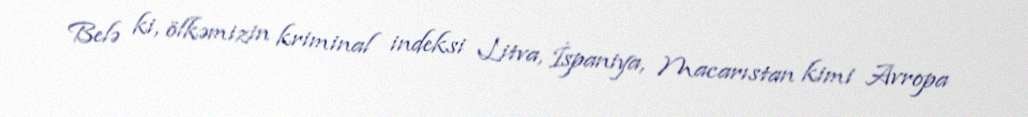
Belə ki, ölkəmizin kriminal indeksi Litva, İspaniya, Macarıstan kimi Avropa